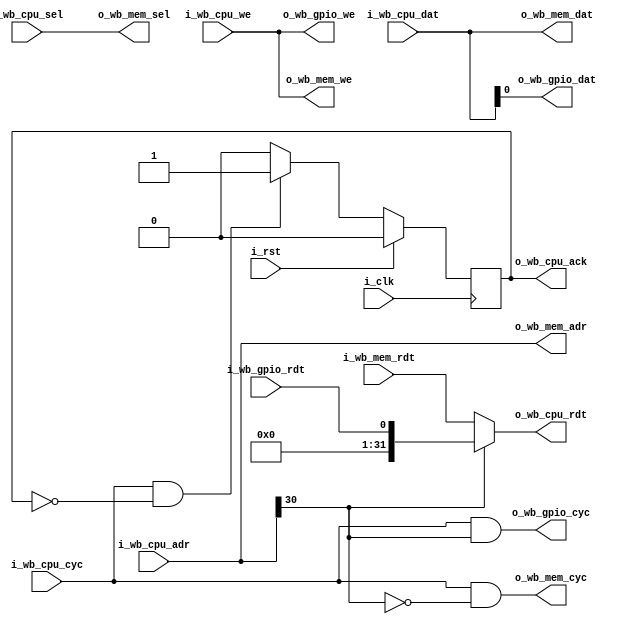
module wb_mux
  (
    input wire 	      i_clk,
    input wire 	      i_rst,
    input wire [31:0]  i_wb_cpu_adr,
    input wire [31:0]  i_wb_cpu_dat,
    input wire [3:0]   i_wb_cpu_sel,
    input wire 	      i_wb_cpu_we,
    input wire 	      i_wb_cpu_cyc,
    output wire [31:0] o_wb_cpu_rdt,
    output reg 	      o_wb_cpu_ack,

    output wire [31:0] o_wb_mem_adr,
    output wire [31:0] o_wb_mem_dat,
    output wire [3:0]  o_wb_mem_sel,
    output wire 	      o_wb_mem_we,
    output wire 	      o_wb_mem_cyc,
    input wire [31:0]  i_wb_mem_rdt,

    output wire 	      o_wb_gpio_dat,
    output wire 	      o_wb_gpio_we,
    output wire 	      o_wb_gpio_cyc,
    input wire 	      i_wb_gpio_rdt,
  );

  parameter sim = 0;

  wire  	  s = i_wb_cpu_adr[31:30];

  assign o_wb_cpu_rdt = s ? {31'd0,i_wb_gpio_rdt} : i_wb_mem_rdt;
  always @(posedge i_clk)
    begin
      o_wb_cpu_ack <= 1'b0;

      if (i_wb_cpu_cyc & !o_wb_cpu_ack)
        o_wb_cpu_ack <= 1'b1;
      if (i_rst)
        o_wb_cpu_ack <= 1'b0;
    end

  assign o_wb_mem_adr = i_wb_cpu_adr;
  assign o_wb_mem_dat = i_wb_cpu_dat;
  assign o_wb_mem_sel = i_wb_cpu_sel;
  assign o_wb_mem_we  = i_wb_cpu_we;
  assign o_wb_mem_cyc = i_wb_cpu_cyc & !s;

  assign o_wb_gpio_dat = i_wb_cpu_dat[0];
  assign o_wb_gpio_we  = i_wb_cpu_we;
  assign o_wb_gpio_cyc = i_wb_cpu_cyc & s;

endmodule